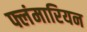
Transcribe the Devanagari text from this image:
फ्लंमारियन